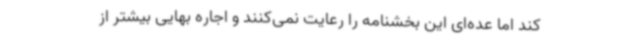
کند اما عده‌ای این بخشنامه را رعایت نمی‌کنند و اجاره بهایی بیشتر از